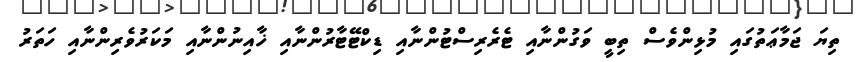
ތިޔަ ޖަމާޢަތުގައި މުޅިންވެސް ތިބީ ވަގުންނާއި ޓެރެރިސްޓުންނާއި ޑިކްޓޭޓާރުންނާއި ޚާއިނުންނާއި މަކަރުވެރިންނާއި ހަތަރު